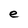
Character: e